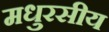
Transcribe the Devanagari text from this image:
मधुरसीय